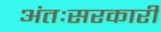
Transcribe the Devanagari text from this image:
अंतःसरकारी